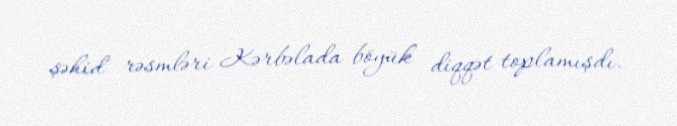
şəhid rəsmləri Kərbəlada böyük diqqət toplamışdı.